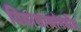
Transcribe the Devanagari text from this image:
विद्याशाखांमधील